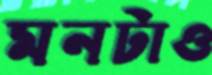
মনটাও